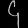
Digit: ၄